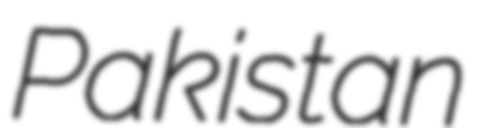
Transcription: Pakistan